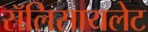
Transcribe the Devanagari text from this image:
सॅलिसायलेट